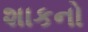
શાકનો